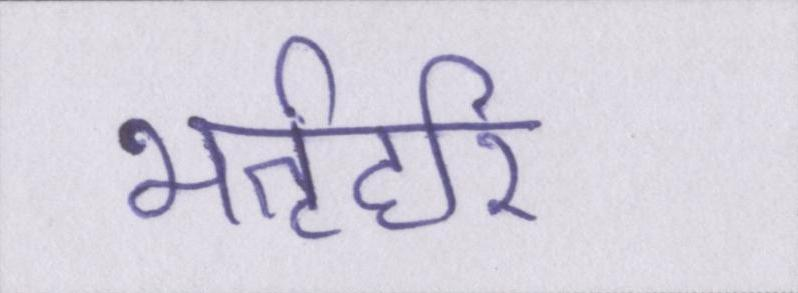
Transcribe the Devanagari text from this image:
भर्तृहरि